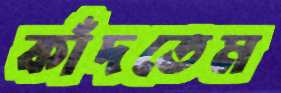
কাঁদতেম